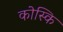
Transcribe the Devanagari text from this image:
कोस्कि